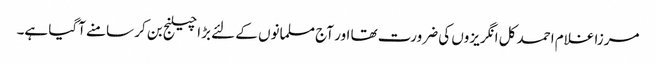
مرزا غلام احمد کل انگریزوں کی ضرورت تھا اور آج مسلمانوں کے لئے بڑا چیلنج بن کر سامنے آگیا ہے۔